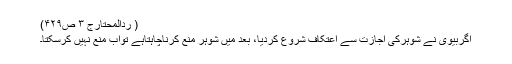
( رَدّالْمُحْتَارج ۳ ص۴۲۹)
اگربیوی نے شوہرکی اجازت سے اِعتِکاف شروع کردیا، بعد میں شوہر مَنْع کرناچاہتاہے تواب مَنْع نہیں کرسکتا۔